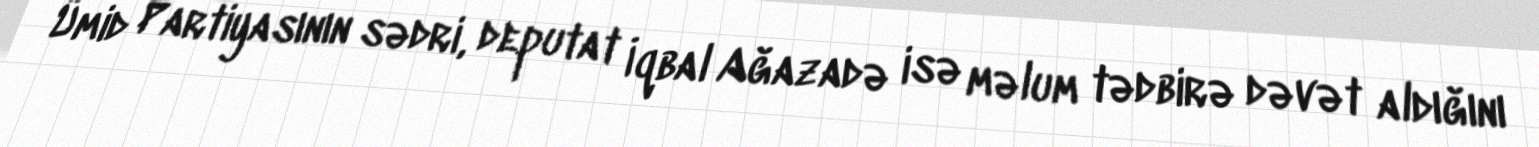
Ümid Partiyasının sədri, deputat İqbal Ağazadə isə məlum tədbirə dəvət aldığını